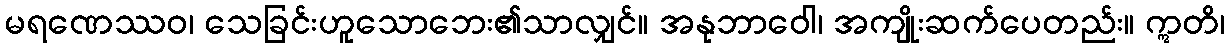
မရဏေဿဝ၊ သေခြင်းဟူသောဘေး၏သာလျှင်။ အနုဘာဝေါ၊ အကျိုးဆက်ပေတည်း။ ဣတိ၊